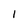
Character: l